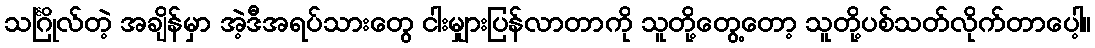
သင်္ဂြိုလ်တဲ့ အချိန်မှာ အဲ့ဒီအရပ်သားတွေ ငါးမျှားပြန်လာတာကို သူတို့တွေ့တော့ သူတို့ပစ်သတ်လိုက်တာပေါ့။